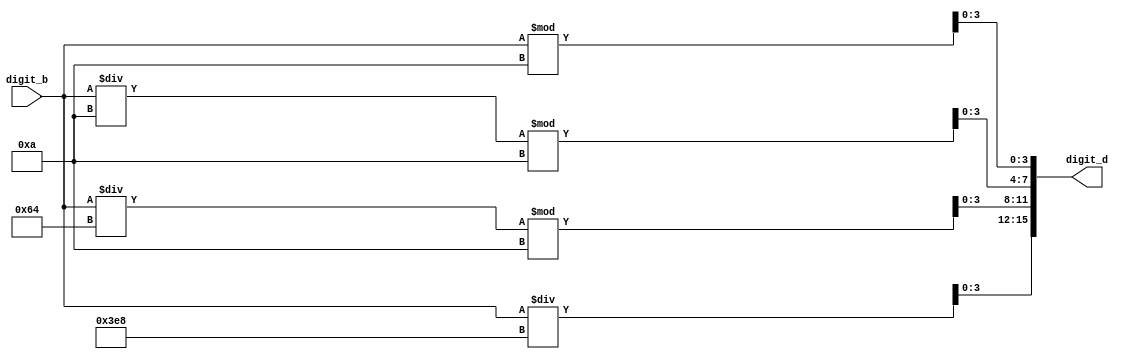
module b_to_d(input [9:0] digit_b, output [15:0] digit_d);

wire [3:0] ones, tens, hundreds, thousands;
assign ones=digit_b%10;
assign tens=(digit_b/10)%10;
assign hundreds=(digit_b/100)%10;
assign thousands=digit_b/1000;
assign digit_d={thousands, hundreds, tens, ones};

endmodule